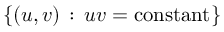
\{ ( u , v ) \, : \, u v = \mathrm { c o n s t a n t } \}